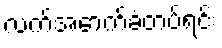
လက်အောက်ခံတပ်ရင်း